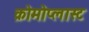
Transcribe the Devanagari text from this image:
क्रोमोप्लास्ट